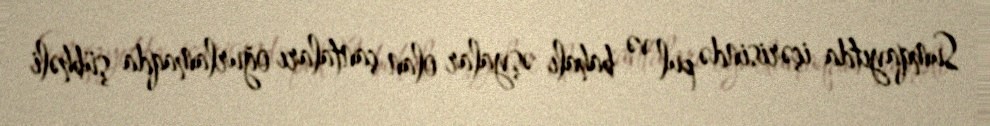
Sumqayıtda içərisində pul və bahalı əşyalar olan çantaları oğurlamaqda şübhəli